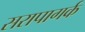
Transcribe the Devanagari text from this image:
सरापागर्क